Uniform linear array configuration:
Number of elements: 12
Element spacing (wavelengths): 1
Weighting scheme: cosine
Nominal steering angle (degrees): -30
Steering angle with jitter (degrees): -28.644
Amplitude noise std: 0.05
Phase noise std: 0.05

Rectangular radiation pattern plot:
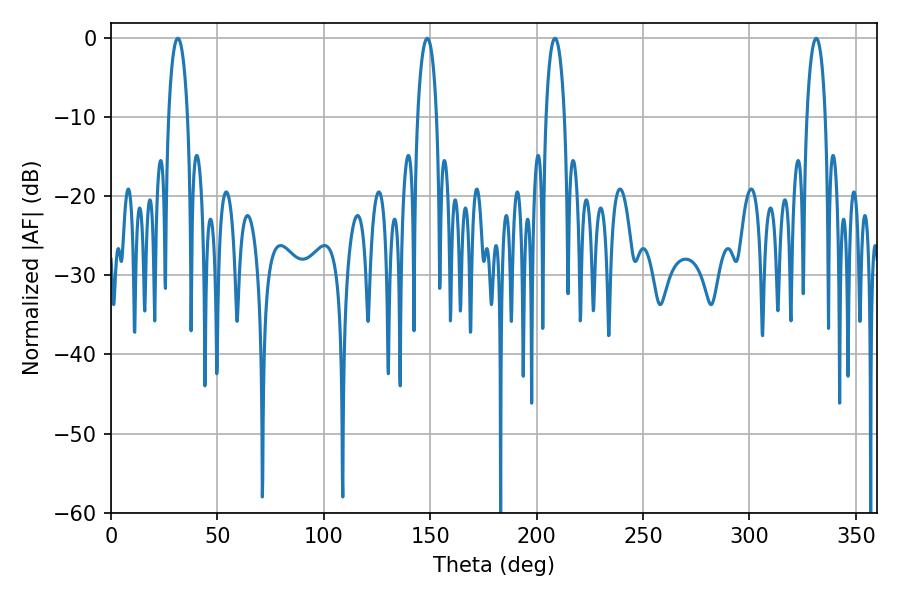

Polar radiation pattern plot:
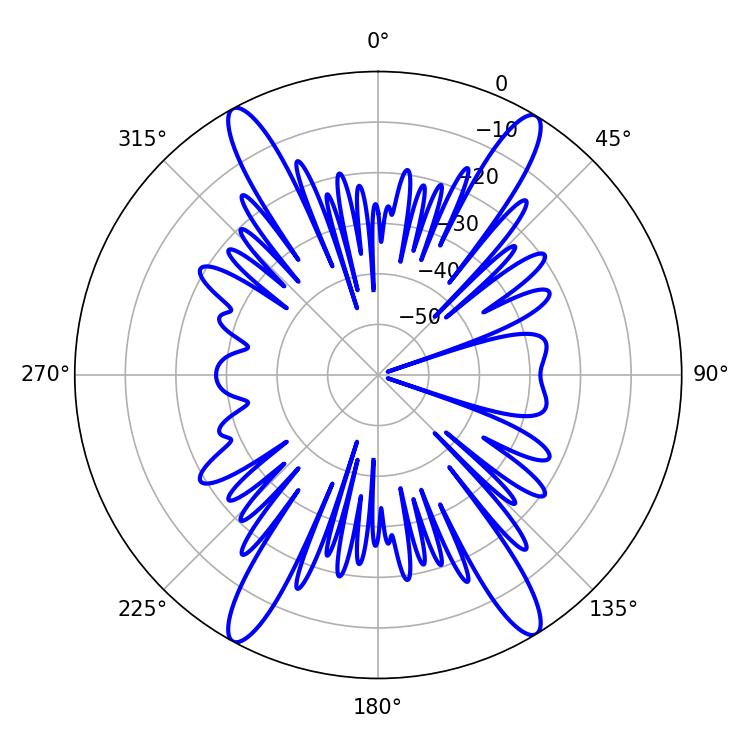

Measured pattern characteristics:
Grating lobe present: TRUE
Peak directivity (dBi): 22.827
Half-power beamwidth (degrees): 5.04
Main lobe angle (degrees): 208.62